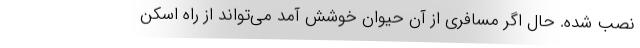
نصب شده. حال اگر مسافری از آن حیوان خوشش آمد می‌تواند از راه اسکن